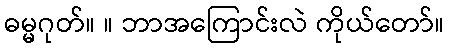
ဓမ္မဂုတ်။ ။ ဘာအကြောင်းလဲ ကိုယ်တော်။